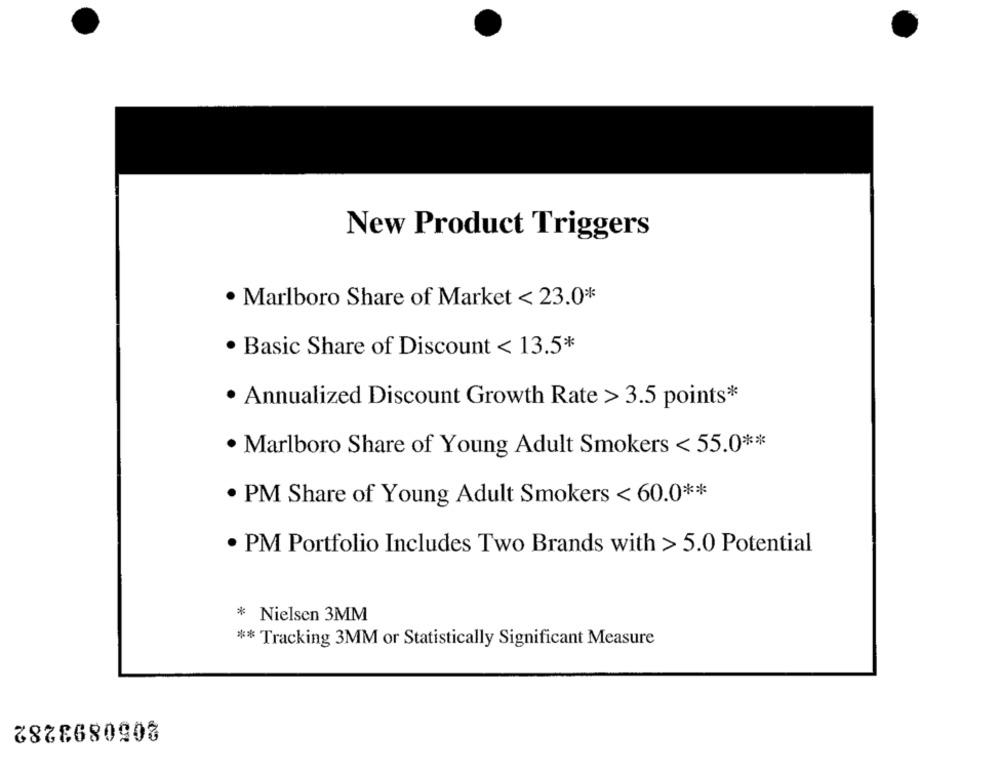
New Product Triggers
· Marlboro Share of Market < 23.0*
· Basic Share of Discount < 13.5*
· Annualized Discount Growth Rate > 3.5 points*
· Marlboro Share of Young Adult Smokers < 55.0 **
. PM Share of Young Adult Smokers < 60.0 **
· PM Portfolio Includes Two Brands with > 5.0 Potential
* Nielsen 3MM
** Tracking 3MM or Statistically Significant Measure
2050893282